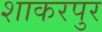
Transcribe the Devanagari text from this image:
शाकरपुर